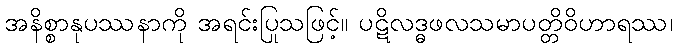
အနိစ္စာနုပဿနာကို အရင်းပြုသဖြင့်။ ပဋိလဒ္ဓဖလသမာပတ္တိဝိဟာရဿ၊